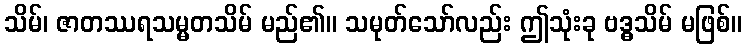
သိမ်၊ ဇာတဿရသမ္မတသိမ် မည်၏။ သမုတ်သော်လည်း ဤသုံးခု ဗဒ္ဓသိမ် မဖြစ်။